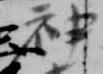
神